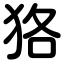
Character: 狢